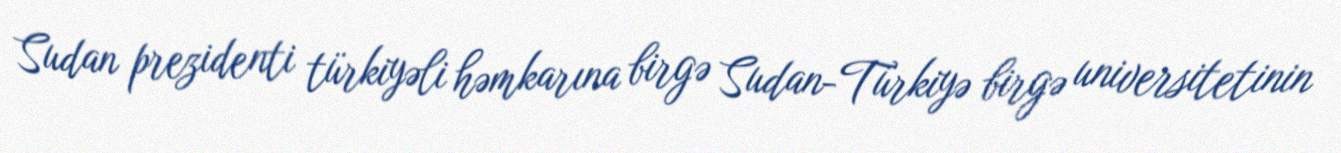
Sudan prezidenti türkiyəli həmkarına birgə Sudan-Türkiyə birgə universitetinin